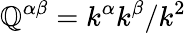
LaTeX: \mathbb{Q}^{\alpha\beta}=\mathcal{k}^{\alpha}\mathcal{k}^{\beta}/\mathcal{k}^{2}